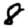
Digit: 8